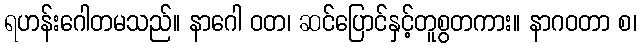
ရဟန်းဂေါတမသည်။ နာဂေါ ဝတ၊ ဆင်ပြောင်နှင့်တူစွတကား။ နာဂဝတာ စ၊